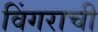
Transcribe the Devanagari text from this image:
विंगराची